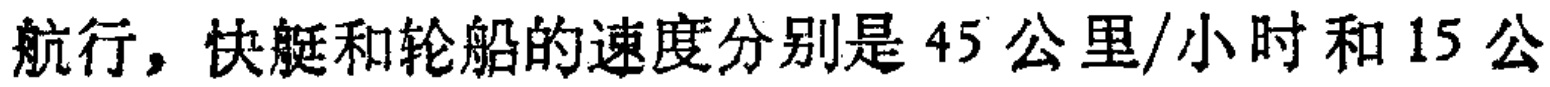
航行，快艇和轮船的速度分别是 45 公里/小时和 15 公